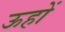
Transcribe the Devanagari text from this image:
ऊहों